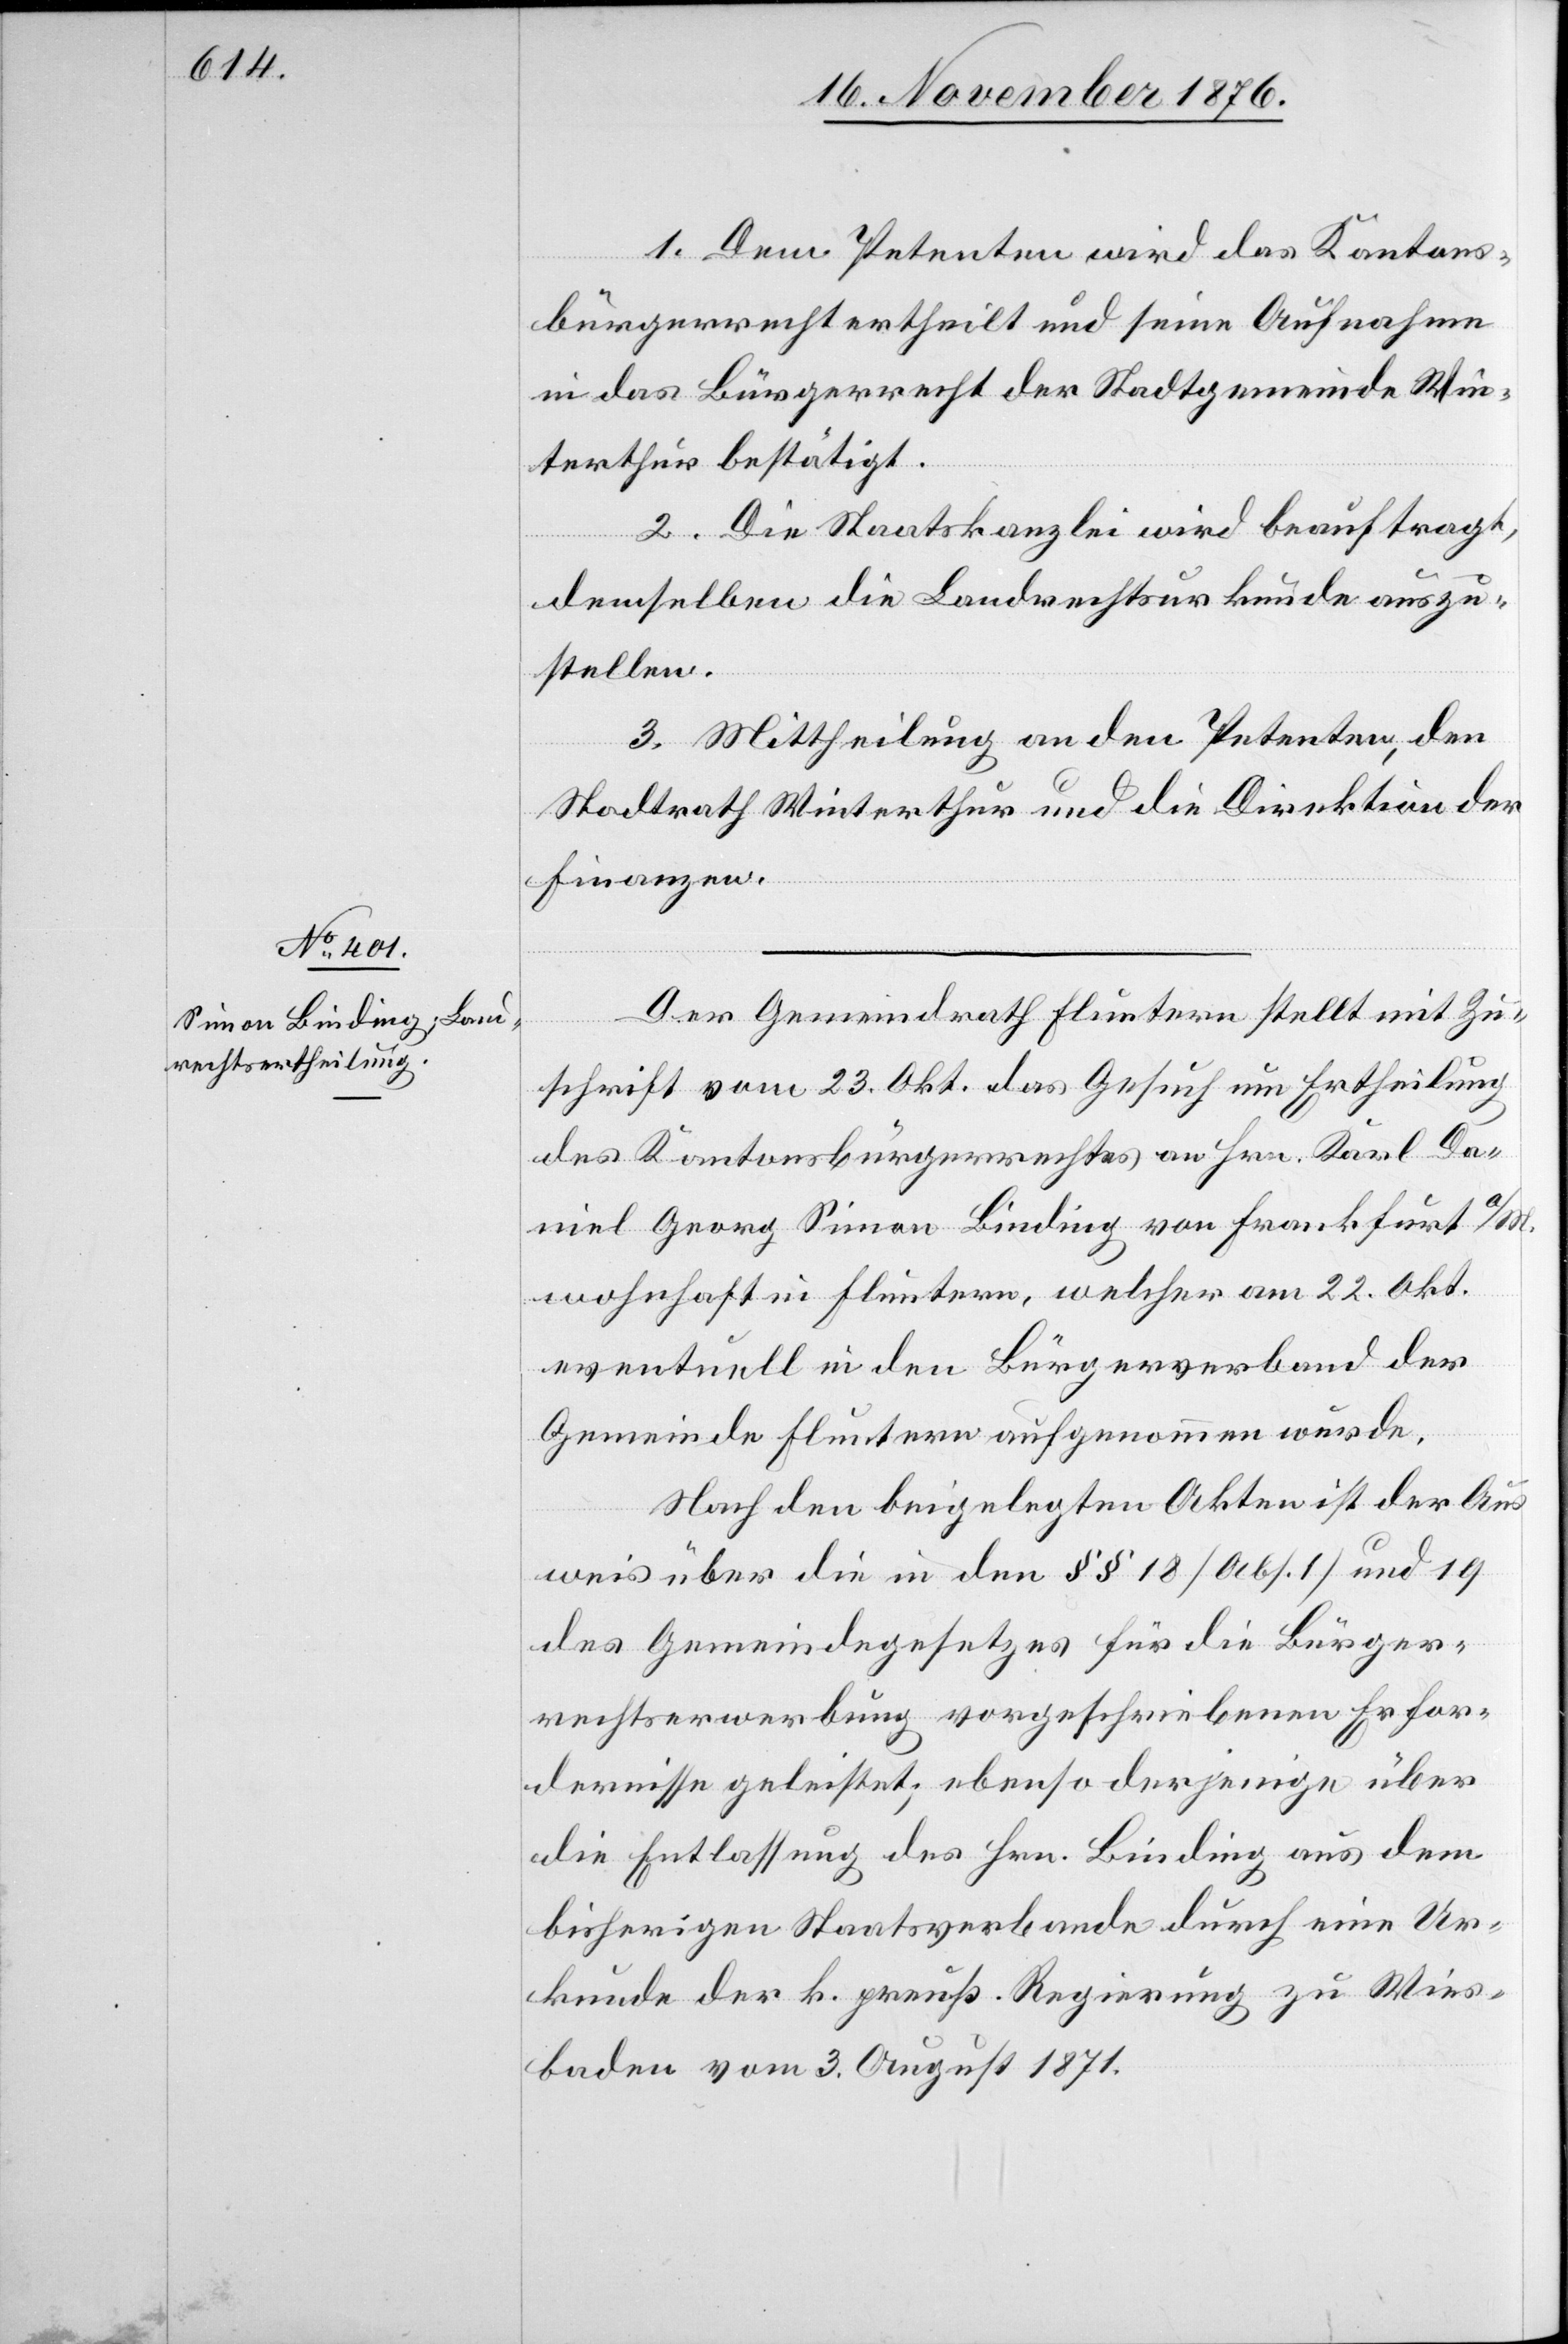
1. Dem Petenten wird das Kantons¬
bürgerrecht ertheilt und seine Aufnahme
in das Bürgerrecht der Stadtgemeinde Win¬
terthur bestätigt.
2. Die Staatskanzlei wird beauftragt,
demselben die Landrechtsurkunde auszu¬
stellen.
3. Mittheilung an den Petenten, den
Stadtrath Winterthur und die Direktion der
Finanzen.